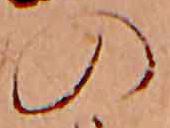
の